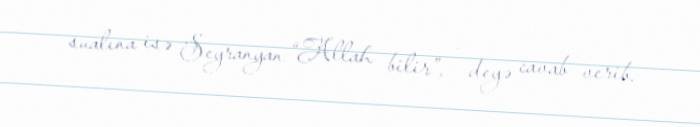
sualına isə Seyranyan “Allah bilir”, - deyə cavab verib.